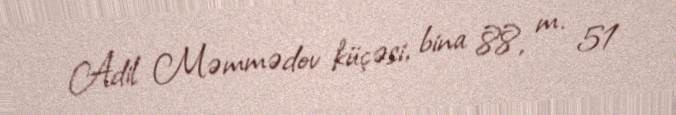
Adil Məmmədov küçəsi, bina 88, m. 51